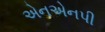
એનએનપી